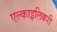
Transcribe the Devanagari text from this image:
एल्काइलिकरी